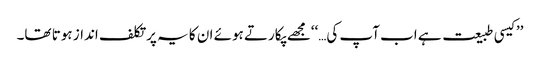
’’کیسی طبیعت ہے اب آپ کی…‘‘مجھے پکارتے ہوئے ان کا یہ پرتکلف انداز ہوتا تھا۔